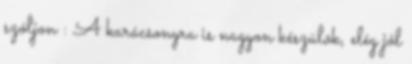
szóljon : A karácsonyra is nagyon készülök, elég jól